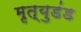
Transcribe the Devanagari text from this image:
मृत्युडंड